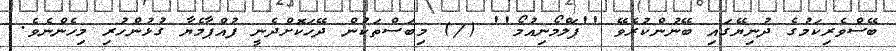
ބޭސްވެރިކަމުގެ ދުނިޔޭގައި ބޭނުންކުރެވޭ ''ޕަލްމޯނިއުމޯ'' (/) މިބަސްތަކުން ދޭހަކޮށްދެނީ ފުއްޕާމެޔާ ގުޅުންހުރި މިހެންނެވެ.